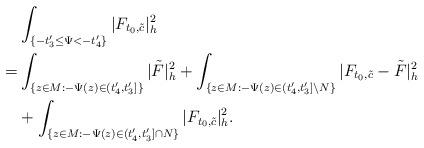
LaTeX: \begin{align*}&\int_{ \{-t'_3\le\Psi<-t'_4\}}|F_{t_0,\tilde{c}}|^2_h\\= & \int_{\{z\in M:-\Psi(z)\in (t'_4,t'_3]\}}|\tilde F|^2_h+\int_{\{z\in M:-\Psi(z)\in (t'_4,t'_3]\backslash N\}}|F_{t_0,\tilde{c}}-\tilde F|^2_h\\&+\int_{ \{z\in M: -\Psi(z)\in(t'_4,t'_3]\cap N\}}|F_{t_0,\tilde{c}}|^2_h.\end{align*}